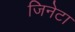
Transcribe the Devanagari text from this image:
जिनेटा